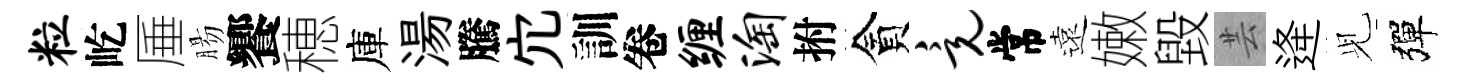
粒屹厜腸饗穂庫湯騰宂訓卷缠淘拊貪竟常遠嫩毀芸逄𫤗彈